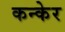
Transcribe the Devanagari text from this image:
कन्केर